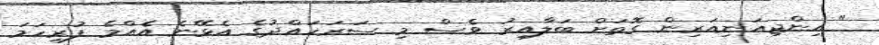
" އިންޖިއަނިއަރިން ގޮތަށް ބަލާއިރު ވެސް މި ސަރަހައްދުގެ އެޅޭނެ އެއްމެ ފުރިހަމަ